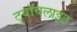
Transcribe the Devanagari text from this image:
ट्वॉयलाइट